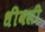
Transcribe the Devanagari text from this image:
धीवसी